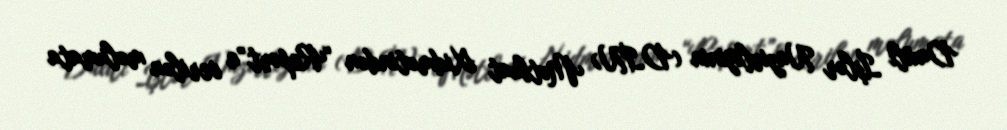
Daxili İşlər Nazirliyinin (DİN) Mətbuat Xidmətindən “Report”a verilən məlumata